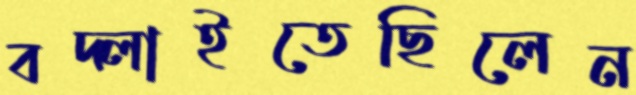
বদ্‌লাইতেছিলেন